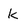
Character: k